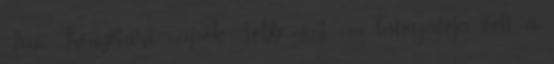
Tini Könyvtári napok Több mint 1200 látogatója volt a